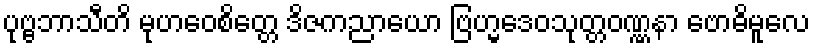
ပုဗ္ဗဘာသီတိ မုဟဝေစိတ္တေ ဒိဇကညာယော ဗြဟ္မဒေဝသုတ္တဝဏ္ဏနာ ဗောဓိမူလေ